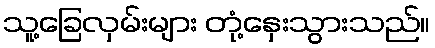
သူ့ခြေလှမ်းများ တုံ့နှေးသွားသည်။